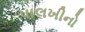
પાલખીનો